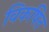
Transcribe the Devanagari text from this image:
विकषित